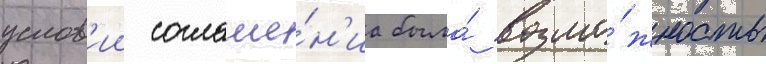
услов'ии соглаше́н'иа была́ возмо́жность